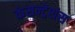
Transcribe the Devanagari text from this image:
कंसन्ट्रेशंस